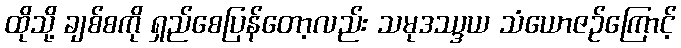
ထိုသို့ ချစ်စကို ရှည်စေပြန်တော့လည်း သမုဒဿ္ဒယ သံယောဇဉ်ကြောင့်